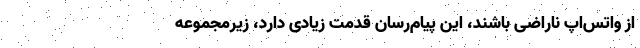
از واتس‌اپ ناراضی باشند، این پیام‌رسان قدمت زیادی دارد، زیرمجموعه